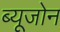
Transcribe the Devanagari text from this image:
ब्यूजोन